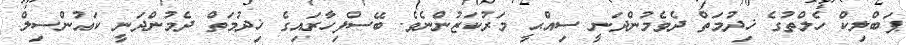
ޕަބްލިކް ހެލްތުގެ ޚިދުމަތް ދެވެމުންދަނީ ސިއްޙީ މަރުކަޒުންނެވެ. ބޭސްފިހާރައިގެ ޚިދުމަތް ދެމުންދަނީ ކައުންސިލް